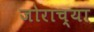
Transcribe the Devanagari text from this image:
जोराच्या